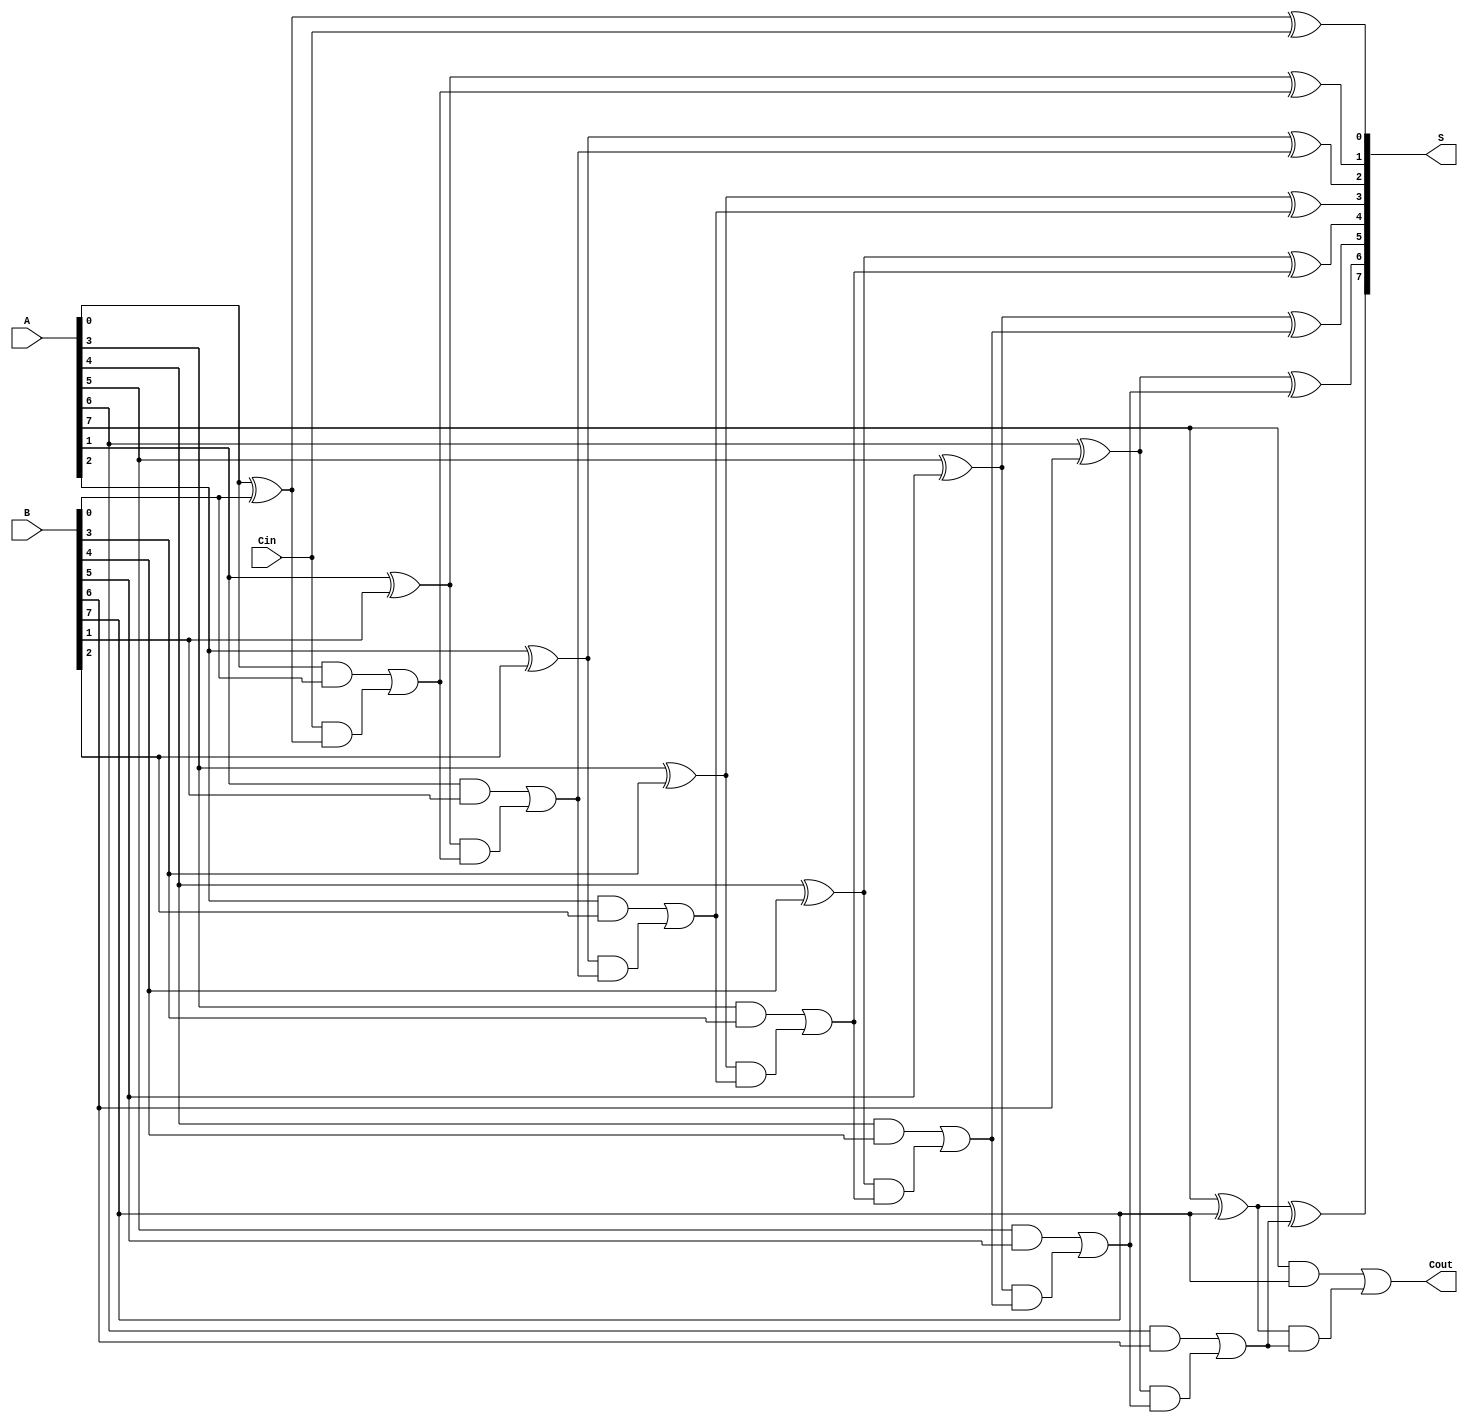
module han_carlson_adder #(parameter N = 8) (
    input  [N-1:0] A,      // First n-bit input
    input  [N-1:0] B,      // Second n-bit input
    input         Cin,      // Carry-in
    output [N-1:0] S,      // n-bit sum output
    output        Cout      // Carry-out
);

    wire [N-1:0] C;        // Carry wires

    // Generate carry for the least significant bit (LSB)
    assign C[0] = (A[0] & B[0]) | (Cin & (A[0] ^ B[0]));

    // Generate carries for subsequent bits
    genvar i;
    generate
        for (i = 1; i < N; i = i + 1) begin : carry_generation
            assign C[i] = (A[i] & B[i]) | ((A[i] ^ B[i]) & C[i-1]);
        end
    endgenerate

    // Calculate the sum for each bit
    generate
        for (i = 0; i < N; i = i + 1) begin : sum_generation
            assign S[i] = A[i] ^ B[i] ^ (i == 0 ? Cin : C[i-1]);
        end
    endgenerate

    // Carry-out is the carry from the last bit
    assign Cout = C[N-1];

endmodule